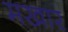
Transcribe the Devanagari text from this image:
मखार